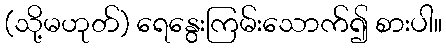
(သို့မဟုတ်) ရေနွေးကြမ်းသောက်၍ စားပါ။